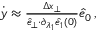
\begin{array} { r } { \dot { y } \approx \frac { \Delta x _ { \perp } } { \hat { e } _ { \perp } { \cdot } \partial _ { \lambda _ { 1 } } \hat { e } _ { 1 } ( 0 ) } \hat { e } _ { 0 } \, , } \end{array}